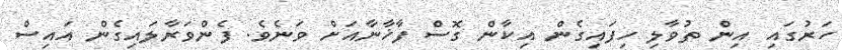
ހަރުގައި އިން ތުވާލި ހިފައިގެން އިކާން ގޮސް ފާޚާނާއަށް ވަނެވެ. ފެންވަރާލައިގެން އައިސް